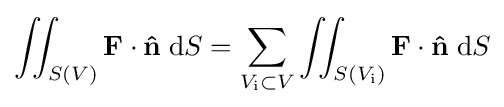
\iint _{S(V)}\mathbf {F} \cdot \mathbf {\hat {n}} \;\mathrm {d} S=\sum _{V_{\text{i}}\subset V}\iint _{S(V_{\text{i}})}\mathbf {F} \cdot \mathbf {\hat {n}} \;\mathrm {d} S